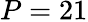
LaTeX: P=21